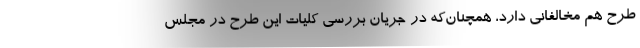
طرح هم مخالفانی دارد، همچنان‌که در جریان بررسی کلیات این طرح در مجلس